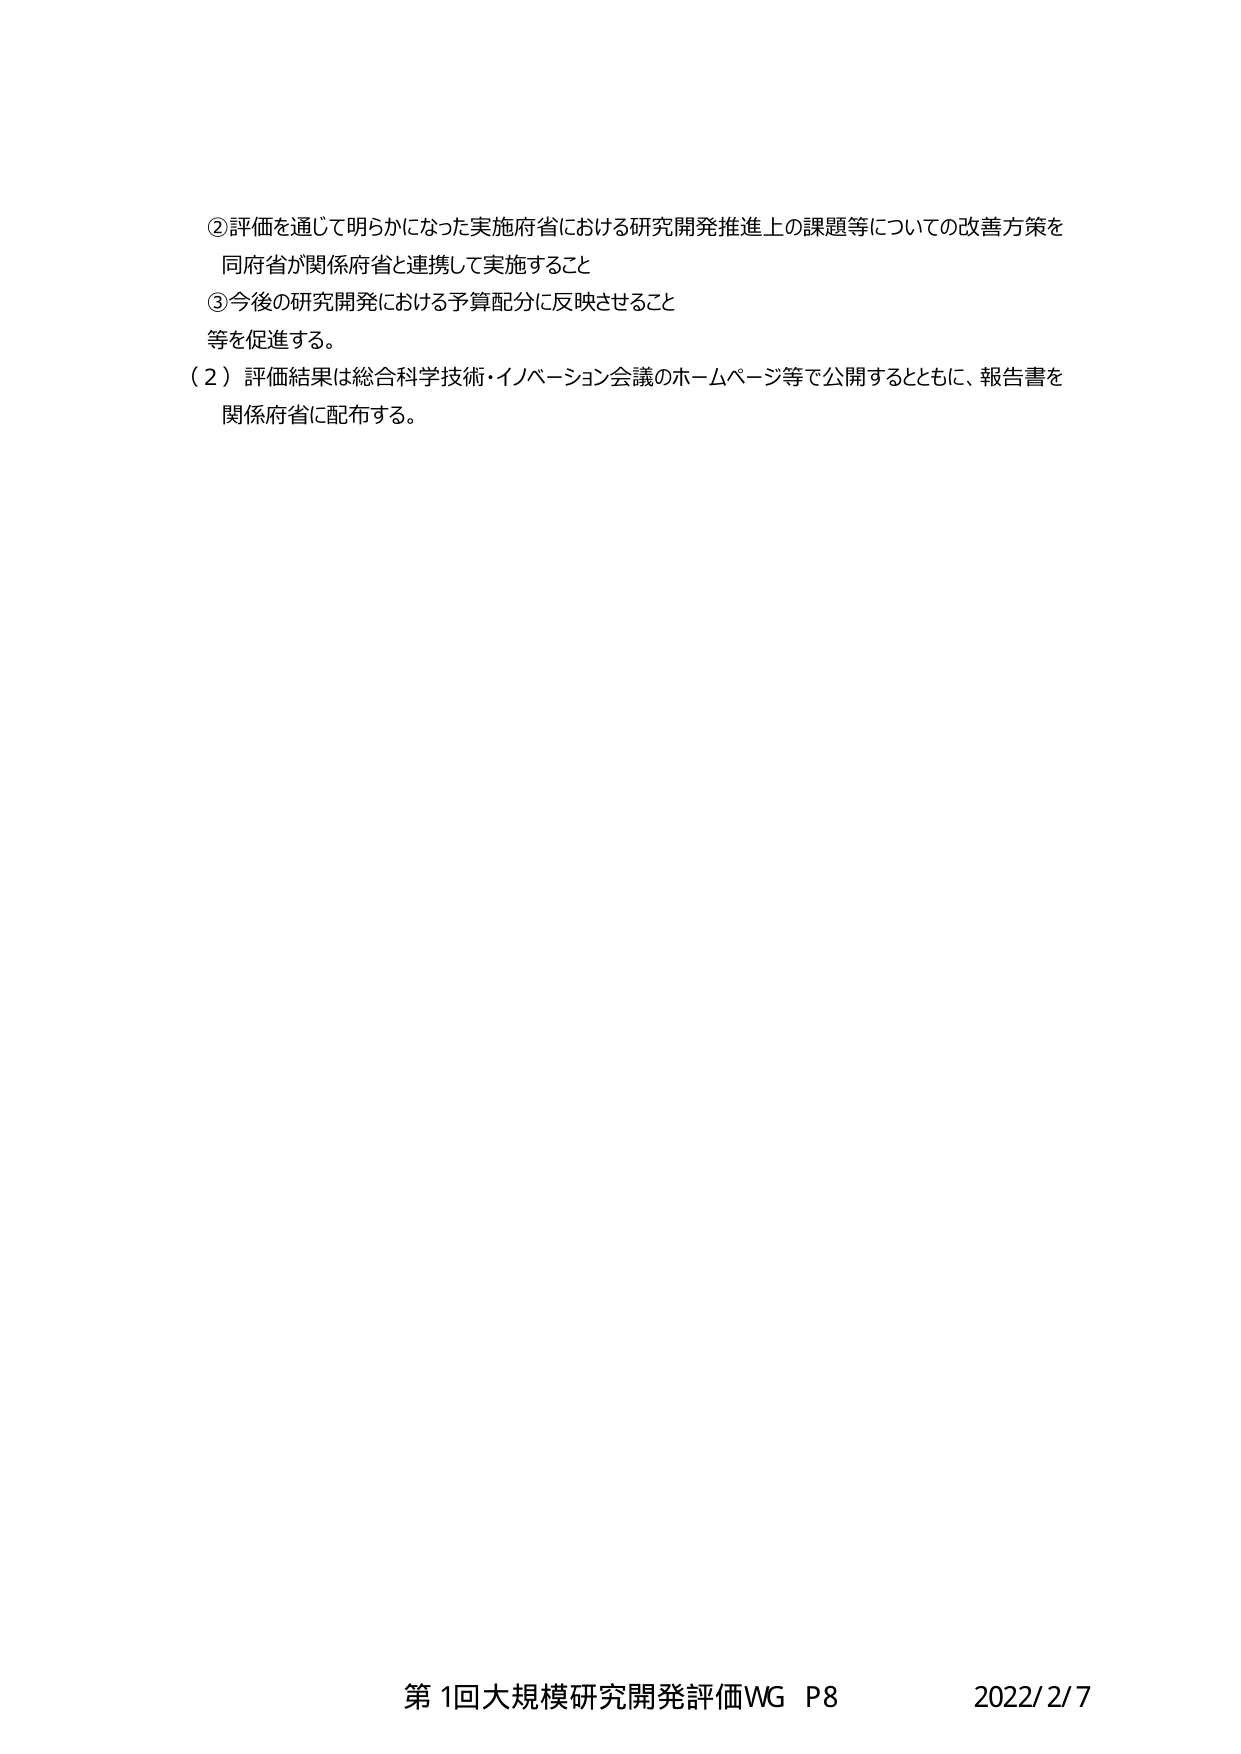
②評価を通じて明らかになった実施府省における研究開発推進上の課題等についての改善方策を
同府省が関係府省と連携して実施すること
③今後の研究開発における予算配分に反映させること
等を促進する。
（２）評価結果は総合科学技術・イノベーション会議のホームページ等で公開するとともに、報告書を
関係府省に配布する。

第1回大規模研究開発評価WG P8 2022/2/7